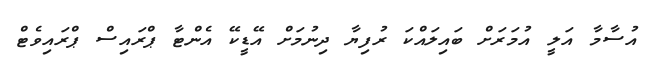
އުސާމާ އަލީ އުމަރަށް ބައިލައްކަ ރުފިޔާ ދިނުމަށް އޭޑީކޭ އެންޓާ ޕްރައިސް ޕްރައިވެޓް